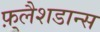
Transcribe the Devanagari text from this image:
फ़्लैशडान्स